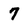
Character: 7